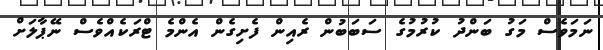
ނަމަވެސް މަގު ބަންދު ކުރުމުގެ ސަބަބުން ރެއިން ފެށިގެން އެންމެ ޓްރަކެއްވެސް ނޭޕާލަށް